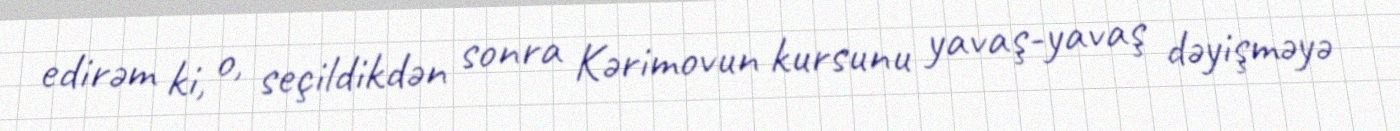
edirəm ki, o, seçildikdən sonra Kərimovun kursunu yavaş-yavaş dəyişməyə